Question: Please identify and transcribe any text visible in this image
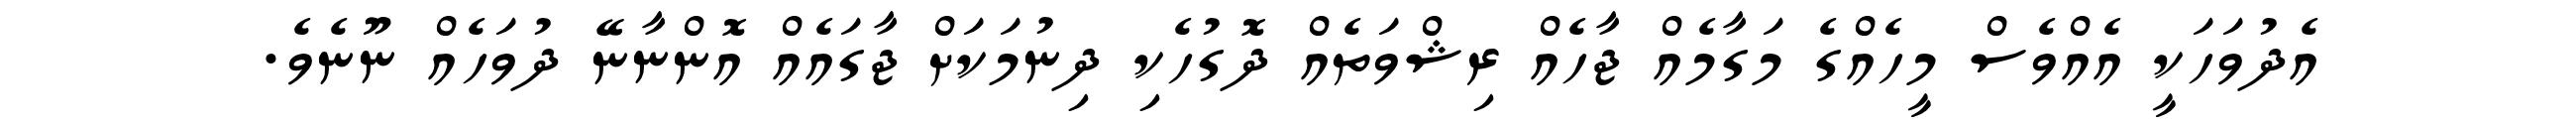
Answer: އެދުވަހަކީ އެއްވެސް މީހެއްގެ މަގާމެއް ޖާހެއް ރިޝްވަތެއް ދޮގުހެކި ދިނުމަކަށް ޖާގައެއް އޮންނާނޭ ދުވަހެއް ނޫނެވެ.